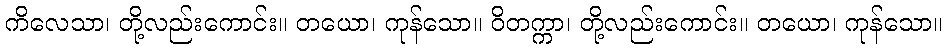
ကိလေသာ၊ တို့လည်းကောင်း။ တယော၊ ကုန်သော။ ဝိတက္ကာ၊ တို့လည်းကောင်း။ တယော၊ ကုန်သော။